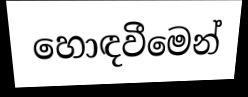
හොඳවීමෙන්